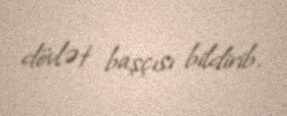
dövlət başçısı bildirib.